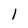
Character: 1